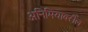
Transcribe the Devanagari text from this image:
अनिमियावरील